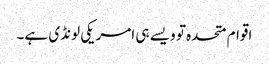
اقوام متحدہ تو ویسے ہی امریکی لونڈی ہے۔